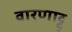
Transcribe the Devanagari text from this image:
वारणाट्टु